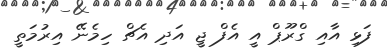
ފަޅި އާއި ގްރޫޕް އީ އެފް ޖީ އަދި އެޗް ހިމެނޭ އިރުމަތީ